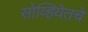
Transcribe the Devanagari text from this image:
सोव्हियेतचे